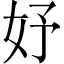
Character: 妤